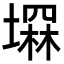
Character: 𡑕